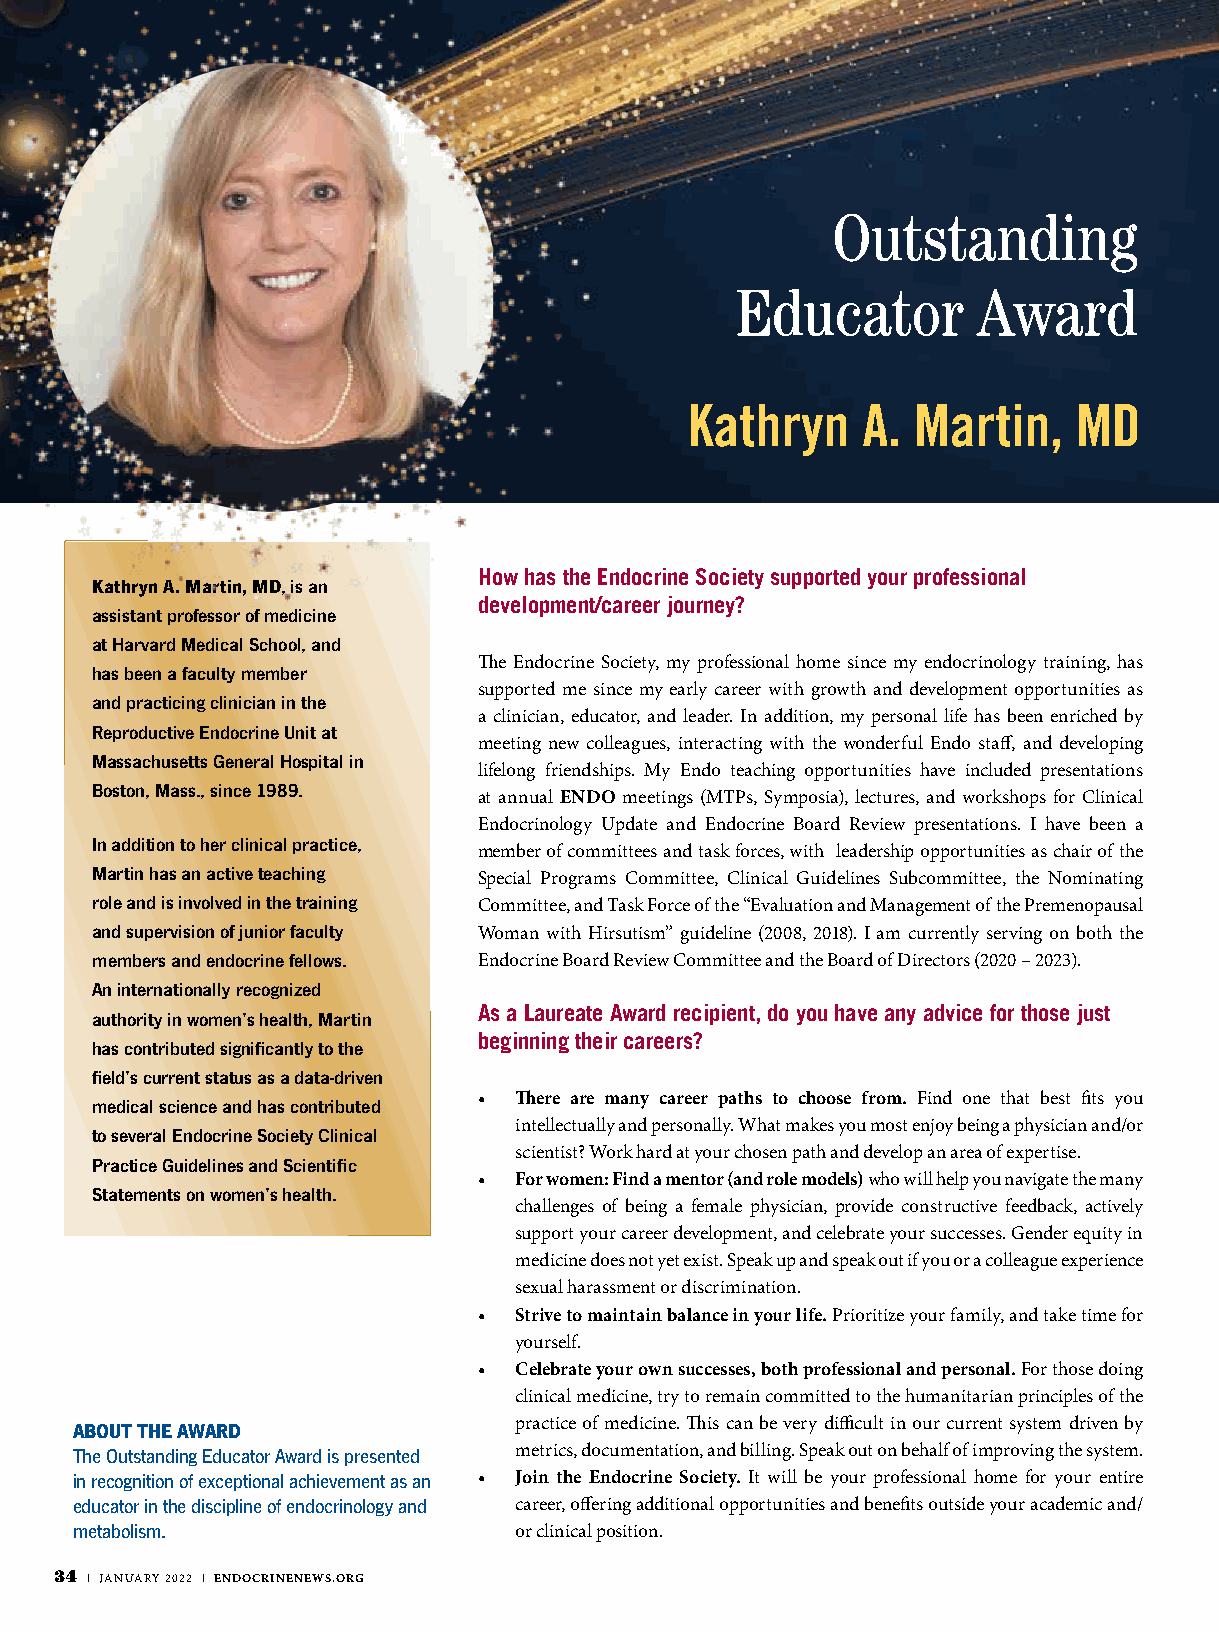
Outstanding
 Educator        Award
 Kathryn    A.  Martin,   MD
 How has the Endocrine Society supported your professional
 Kathryn A. Martin, MD, is an
 development/career journey?
 assistant professor of medicine
 at Harvard Medical School, and
 The Endocrine Society, my professional home since my endocrinology training, has
 has been a faculty member
 supported me since my early career with growth and development opportunities as
 and practicing clinician in the
 a clinician, educator, and leader. In addition, my personal life has been enriched by
 Reproductive Endocrine Unit at
 meeting new colleagues, interacting with the wonderful Endo staff, and developing
 Massachusetts General Hospital in
 lifelong friendships. My Endo teaching opportunities have included presentations
 Boston, Mass., since 1989.
 at annual ENDO meetings (MTPs, Symposia), lectures, and workshops for Clinical
 Endocrinology Update and Endocrine Board Review presentations. I have been a
 In addition to her clinical practice,
 member of committees and task forces, with leadership opportunities as chair of the
 Martin has an active teaching
 Special Programs Committee, Clinical Guidelines Subcommittee, the Nominating
 role and is involved in the training Committee, and Task Force of the “Evaluation and Management of the Premenopausal
 and supervision of junior faculty Woman with Hirsutism” guideline (2008, 2018). I am currently serving on both the
 members and endocrine fellows. Endocrine Board Review Committee and the Board of Directors (2020 – 2023).
 An internationally recognized
 As a Laureate Award recipient, do you have any advice for those just
 authority in women’s health, Martin
 beginning their careers?
 has contributed significantly to the
 field’s current status as a data-driven
 • There are many career paths to choose from. Find one that best fits you
 medical science and has contributed
 intellectually and personally. What makes you most enjoy being a physician and/or
 to several Endocrine Society Clinical
 scientist? Work hard at your chosen path and develop an area of expertise.
 Practice Guidelines and Scientific
 • For women: Find a mentor (and role models) who will help you navigate the many
 Statements on women’s health.
 challenges of being a female physician, provide constructive feedback, actively
 support your career development, and celebrate your successes. Gender equity in
 medicine does not yet exist. Speak up and speak out if you or a colleague experience
 sexual harassment or discrimination.
 • Strive to maintain balance in your life. Prioritize your family, and take time for
 yourself.
 • Celebrate your own successes, both professional and personal. For those doing
 clinical medicine, try to remain committed to the humanitarian principles of the
 ABOUT THE AWARD              practice of medicine. This can be very difficult in our current system driven by
 The Outstanding Educator Award is presented metrics, documentation, and billing. Speak out on behalf of improving the system.
 in recognition of exceptional achievement as an • Join the Endocrine Society. It will be your professional home for your entire
 educator in the discipline of endocrinology and career, offering additional opportunities and benefits outside your academic and/
 metabolism.                  or clinical position.
 34 | JANUARY 2022 | ENDOCRINENEWS.ORG